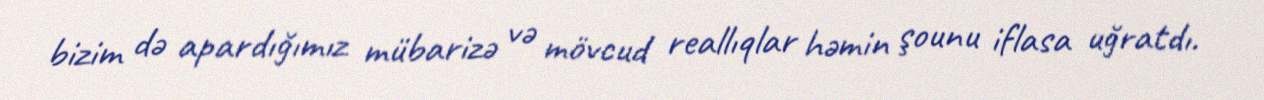
bizim də apardığımız mübarizə və mövcud reallıqlar həmin şounu iflasa uğratdı.